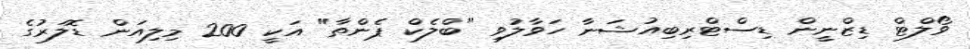
ވޯލްޓް ޑިޒްނީން ޑިސްޓްރިބިއުޝަނާ ހަވާލުވި "ބްލެކް ޕެންތާ" އަކީ 200 މިލިއަން ޑޮލަރުގެ